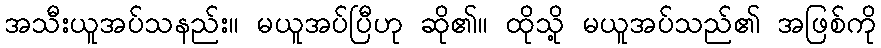
အသီးယူအပ်သနည်း။ မယူအပ်ပြီဟု ဆို၏။ ထိုသို့ မယူအပ်သည်၏ အဖြစ်ကို